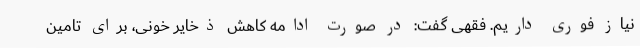
نیاز فوری داریم. فقهی گفت: در صورت ادامه کاهش ذخایر خونی، برای تامین